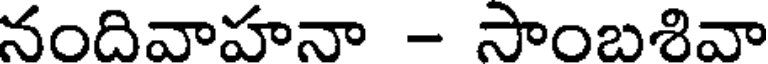
నందివాహనా - సాంబశివా